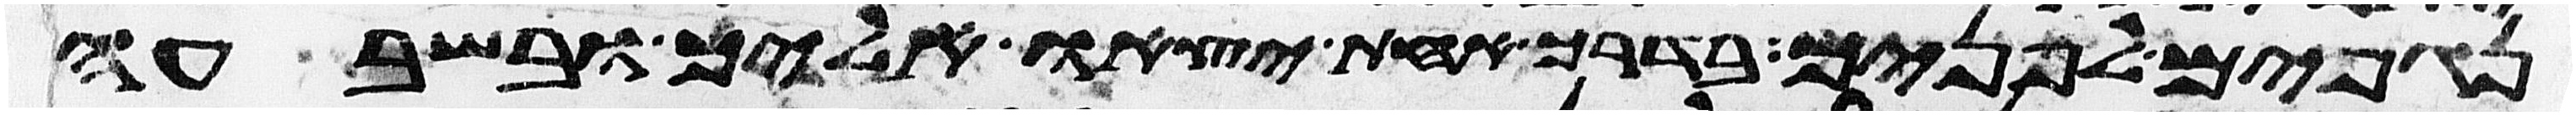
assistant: נגפים לפניך בדרך אחת יצאו אליך ובשבעה